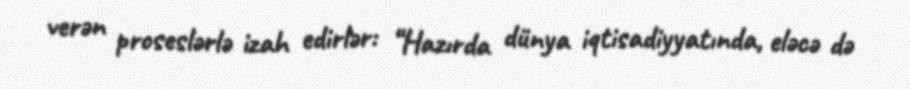
verən proseslərlə izah edirlər: “Hazırda dünya iqtisadiyyatında, eləcə də